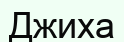
Джиха